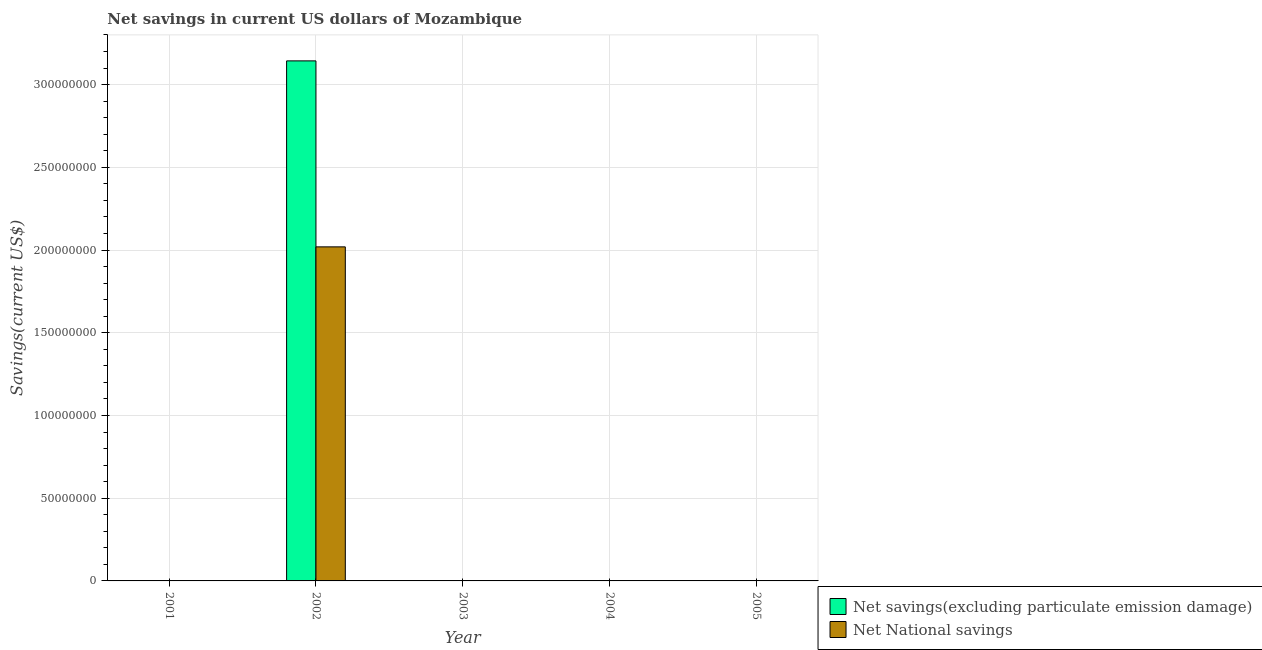
| Year | Net savings(excluding particulate emission damage) | Net National savings |
 | --- | --- | --- |
 | 2001 | -1.1e+08 | -2.01e+08 |
 | 2002 | 3.14e+08 | 2.02e+08 |
 | 2003 | -2.54e+08 | -3.93e+08 |
 | 2004 | -1.12e+08 | -2.07e+08 |
 | 2005 | -2.24e+08 | -2.3e+08 |